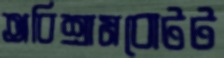
অবিশ্রামবোটট